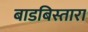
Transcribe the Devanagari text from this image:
बाडबिस्तारा